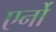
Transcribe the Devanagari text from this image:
एर्नो